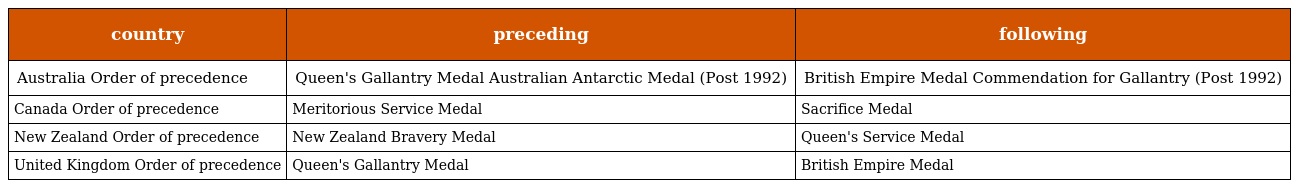
| country | preceding | following |
 | --- | --- | --- |
 | Australia Order of precedence | Queen's Gallantry Medal Australian Antarctic Medal (Post 1992) | British Empire Medal Commendation for Gallantry (Post 1992) |
 | Canada Order of precedence | Meritorious Service Medal | Sacrifice Medal |
 | New Zealand Order of precedence | New Zealand Bravery Medal | Queen's Service Medal |
 | United Kingdom Order of precedence | Queen's Gallantry Medal | British Empire Medal |